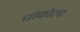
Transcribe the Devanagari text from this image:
चांकोला